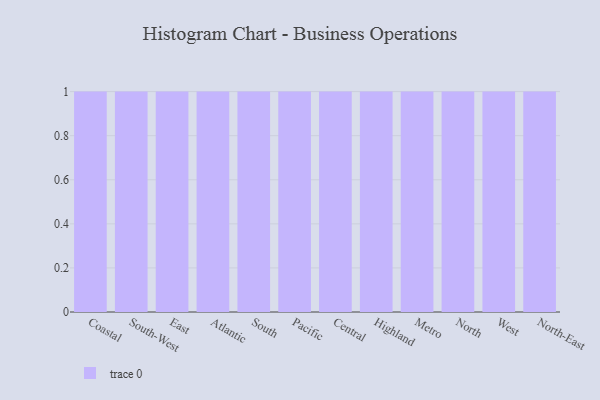
{"axis": {"x": "Region", "y": "Backlog"}, "legend": [""], "data": [{"x": "Coastal", "y": 66, "type": ""}, {"x": "South-West", "y": 72, "type": ""}, {"x": "East", "y": 74, "type": ""}, {"x": "Atlantic", "y": 80, "type": ""}, {"x": "South", "y": 81, "type": ""}, {"x": "Pacific", "y": 34, "type": ""}, {"x": "Central", "y": 8, "type": ""}, {"x": "Highland", "y": 82, "type": ""}, {"x": "Metro", "y": 38, "type": ""}, {"x": "North", "y": 80, "type": ""}, {"x": "West", "y": 24, "type": ""}, {"x": "North-East", "y": 12, "type": ""}]}